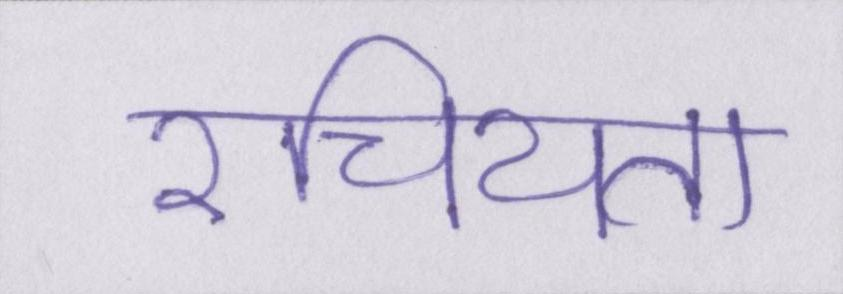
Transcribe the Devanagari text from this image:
रचियता